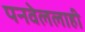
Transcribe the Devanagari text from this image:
पनवेललाही